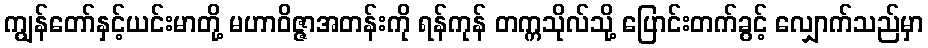
ကျွန်တော်နှင့်ယင်းမာတို့ မဟာဝိဇ္ဇာအတန်းကို ရန်ကုန် တက္ကသိုလ်သို့ ပြောင်းတက်ခွင့် လျှောက်သည်မှာ